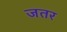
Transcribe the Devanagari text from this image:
जतर